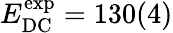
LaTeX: E_{\mathrm{DC}}^{\mathrm{exp}}=130(4)